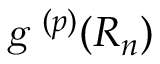
{ \textsl { g } } ^ { ( { p } ) } { ( R _ { n } ) }